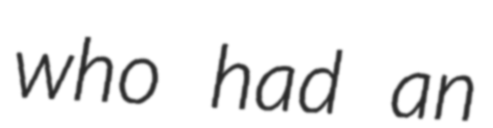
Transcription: who had an